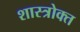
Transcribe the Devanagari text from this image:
शास्‍त्रोक्‍त